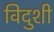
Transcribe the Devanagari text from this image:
विदुशी